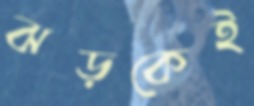
ঝড়কেই